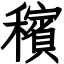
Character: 穦